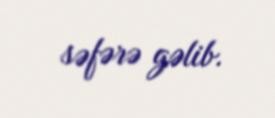
səfərə gəlib.